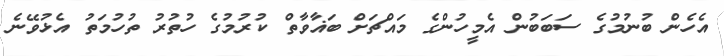
އެހެން ބުނުމުގެ ސަބަބުން އެމީހުންގެ މައްޗަށް ބަޣާވާތް ކުރުމުގެ ހުތުރު ތުހުމަތު އެޅުވޭނެ